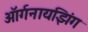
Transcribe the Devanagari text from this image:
ऑर्गनायझिंग